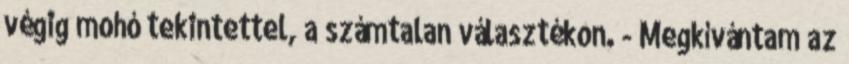
végig mohó tekintettel, a számtalan választékon. - Megkívántam az